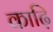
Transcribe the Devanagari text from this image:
काढ़ि